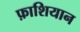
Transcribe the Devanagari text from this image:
फ़ाशियान